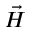
\vec { H }